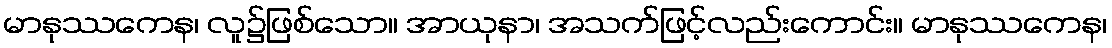
မာနုဿကေန၊ လူ၌ဖြစ်သော။ အာယုနာ၊ အသက်ဖြင့်လည်းကောင်း။ မာနုဿကေန၊